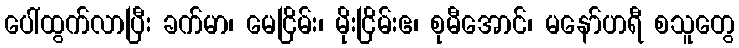
ပေါ်ထွက်လာပြီး ခက်မာ၊ မေငြိမ်း၊ မိုးငြိမ်းဧ၊ စုမီအောင်၊ မနော်ဟရီ စသူတွေ